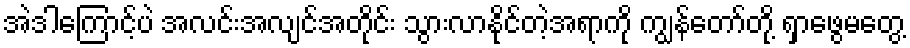
အဲဒါကြောင့်ပဲ အလင်းအလျင်အတိုင်း သွားလာနိုင်တဲ့အရာကို ကျွန်တော်တို့ ရှာဖွေမတွေ့